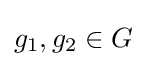
g_{1},g_{2}\in G